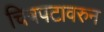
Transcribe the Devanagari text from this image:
चित्रपटावरुन